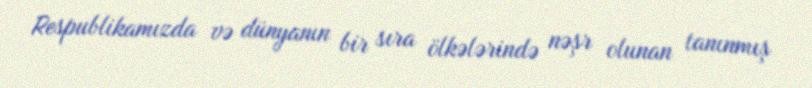
Respublikamızda və dünyanın bir sıra ölkələrində nəşr olunan tanınmış